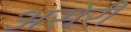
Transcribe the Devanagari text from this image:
असेरी